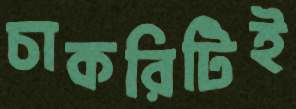
চাকরিটিই